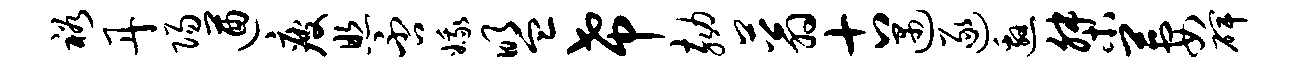
裕丹阳遒疲照否娥盟希劾蓊古遇逐邀桀萋碑